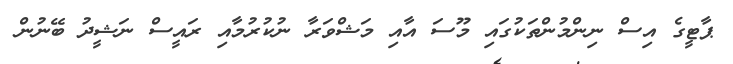
ޕާޓީގެ އިސް ނިންމުންތަކުގައި މޫސަ އާއި މަޝްވަރާ ނުކުރުމާއި ރައީސް ނަޝީދު ބޭނުން